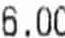
6.00